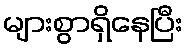
များစွာရှိနေပြီး